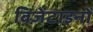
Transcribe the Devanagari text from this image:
बिजेंटाइनों